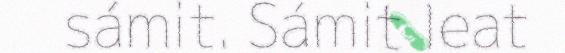
sámit. Sámit leat